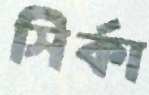
সির্কা